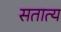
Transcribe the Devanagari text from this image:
सतात्य